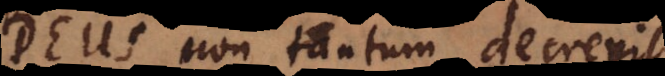
Deus non tantum decrevit